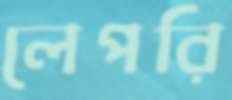
লেপরি